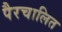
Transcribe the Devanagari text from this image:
पैरचालित